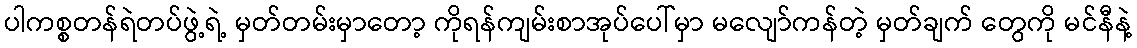
ပါကစ္စတန်ရဲတပ်ဖွဲ့ရဲ့ မှတ်တမ်းမှာတော့ ကိုရန်ကျမ်းစာအုပ်ပေါ်မှာ မလျော်ကန်တဲ့ မှတ်ချက် တွေကို မင်နီနဲ့